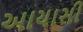
આયાસી